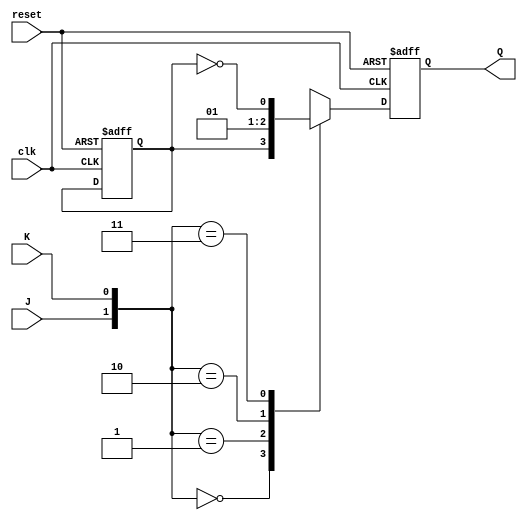
module jk_flip_flop (
    input wire clk,
    input wire reset,
    input wire J,
    input wire K,
    output reg Q
);

reg Q_prev;

always @(posedge clk or posedge reset) begin
    if (reset) begin
        Q <= 0;
        Q_prev <= 0;
    end else begin
        case ({J, K})
            2'b00: Q <= Q_prev;
            2'b01: Q <= 0;
            2'b10: Q <= 1;
            2'b11: Q <= ~Q_prev;
        endcase
    end
end

endmodule